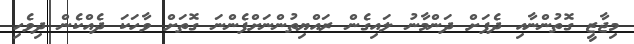
މިޖާޒީ ގޮތުންނާއި ދެފަށް ދަންމާނު ލައިގެން ރައްޔިތުންނަށްފެންނަ ގޮތަށް ވާހަކަ ދެއްކެން ދިވެހި